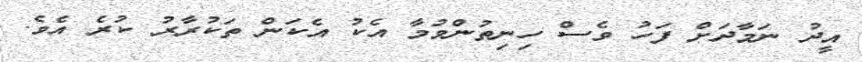
އީދު ނަމާދަށް ފަހު ވެސް ހިނިތުންވުމާ އެކު އެކަން ތަކުރާރު ކުރެ އެވެ.